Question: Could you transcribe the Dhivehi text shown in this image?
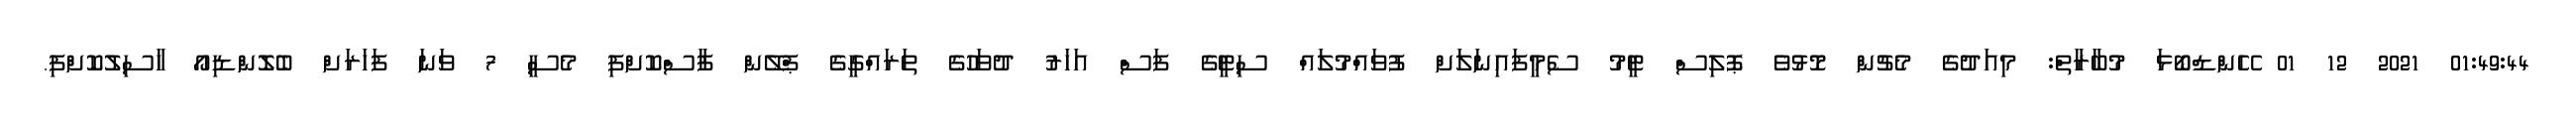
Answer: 01:49:44 2021 12 01 ހޭންޑްބޯޅަ މުބާރާތް: މިއަދުގެ މެޗުން މޮޅުވެ ޕޮލިސް ޓީމު ސެމީފައިނަލަށް ފުވައްމުލައް ސިޓީގެ ފަސް އަހަރު ދުވަހުގެ ތަރައްގީގެ ޕްލޭން ފާސްކޮށްފި މެސީ 7 ވަނަ ފަހަރަށް ބެލޮންޑިއޯ ހާސިލުކޮށްފި.